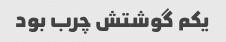
یکم گوشتش چرب بود